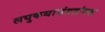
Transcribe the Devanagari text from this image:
लघुकथासंग्रहांसह